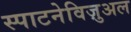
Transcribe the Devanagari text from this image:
स्पाटनेविज़ुअल